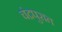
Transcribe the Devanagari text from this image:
चंद्रपुरात